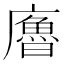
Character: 𢋡